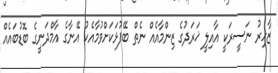
ޒާހިރު ނަސީރަކީ އާއިލީ ޚަރަދުގެ ޒިންމާއެއް ނެތް ބޭފުޅަކަށްވުމާއެކު އޭނާގެ އާމްދަނީގެ ބޮޑުބައެއް